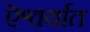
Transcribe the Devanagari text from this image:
ऎश्वर्यात